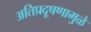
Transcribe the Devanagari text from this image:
अतिप्रदूषणामुळे